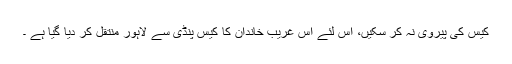
کیس کی پیروی نہ کر سکیں، اس لئے اس غریب خاندان کا کیس پنڈی سے لاہور منتقل کر دیا گیا ہے ۔